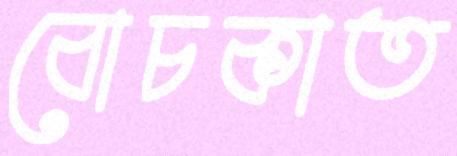
বোচকাত